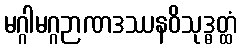
မဂ္ဂါမဂ္ဂဉာဏဒဿနဝိသုဒ္ဓတ္ထံ